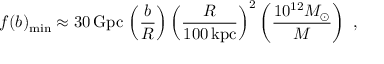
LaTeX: f ( b ) _ { \mathrm { m i n } } \approx 3 0 \, \mathrm { G p c } \, \left( \frac { b } { R } \right) \left( \frac { R } { 1 0 0 \, \mathrm { k p c } } \right) ^ { 2 } \left( \frac { 1 0 ^ { 1 2 } M _ { \odot } } { M } \right) \ ,